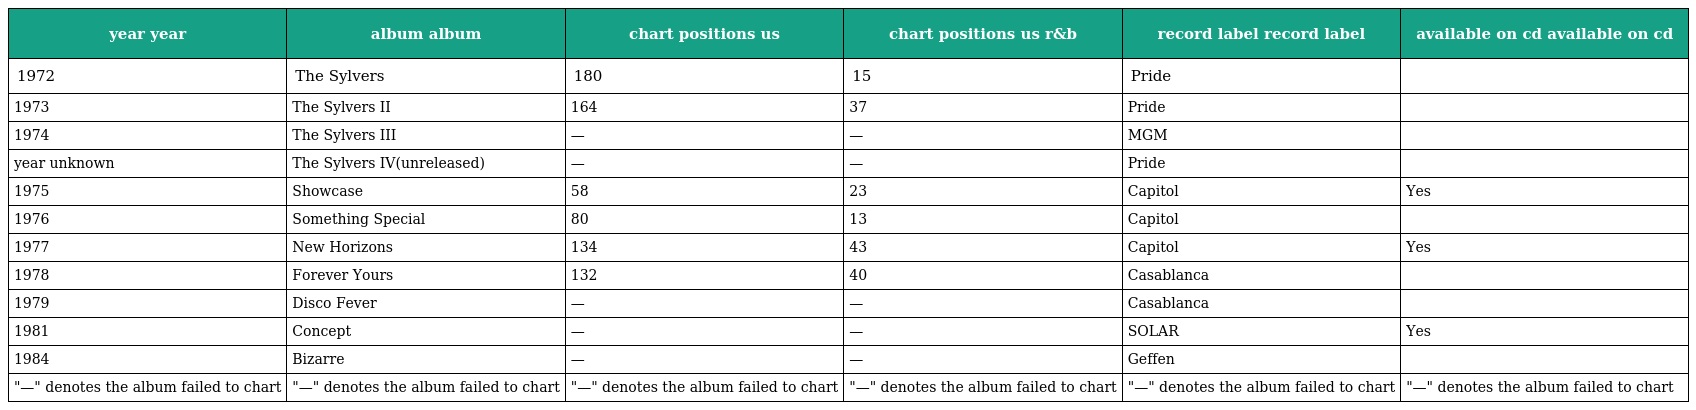
| year year | album album | chart positions us | chart positions us r&b | record label record label | available on cd available on cd |
 | --- | --- | --- | --- | --- | --- |
 | 1972 | The Sylvers | 180 | 15 | Pride |  |
 | 1973 | The Sylvers II | 164 | 37 | Pride |  |
 | 1974 | The Sylvers III | — | — | MGM |  |
 | year unknown | The Sylvers IV(unreleased) | — | — | Pride |  |
 | 1975 | Showcase | 58 | 23 | Capitol | Yes |
 | 1976 | Something Special | 80 | 13 | Capitol |  |
 | 1977 | New Horizons | 134 | 43 | Capitol | Yes |
 | 1978 | Forever Yours | 132 | 40 | Casablanca |  |
 | 1979 | Disco Fever | — | — | Casablanca |  |
 | 1981 | Concept | — | — | SOLAR | Yes |
 | 1984 | Bizarre | — | — | Geffen |  |
 | "—" denotes the album failed to chart | "—" denotes the album failed to chart | "—" denotes the album failed to chart | "—" denotes the album failed to chart | "—" denotes the album failed to chart | "—" denotes the album failed to chart |